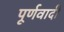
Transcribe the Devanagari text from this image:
पूर्णवादी